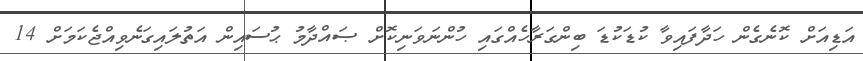
އަޑިއަށް ކޮނެގެން ހަދާފައިވާ ކުޑަކުޑަ ބިންގަރާހެއްގައި ހުންނަވަނިކޮށް ޞައްދާމު ޙުސައިން އަތުލައިގަނެވިއްޖެކަމަށް 14